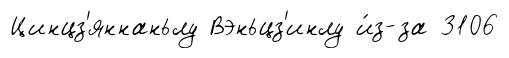
Цинцз'яннаньлу Вэньцз'инлу и́з-за 3106